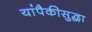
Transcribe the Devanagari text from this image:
यांपैकीसुद्धा